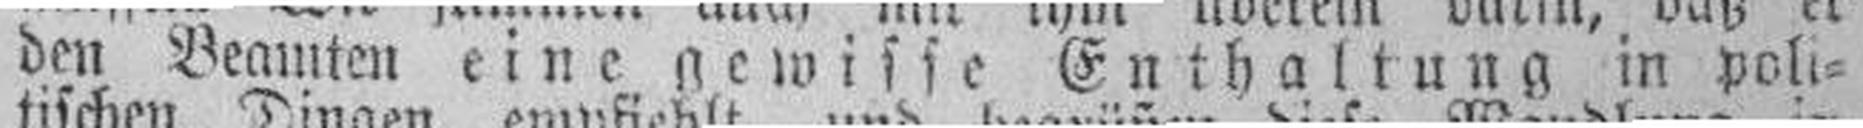
den Beamten eine siewisse Enthaltung in poli¬